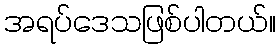
အရပ်ဒေသဖြစ်ပါတယ်။